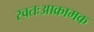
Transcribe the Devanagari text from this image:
स्वतःआक्रामक